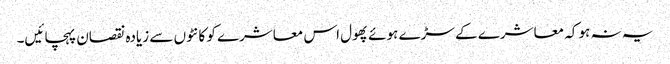
یہ نہ ہو کہ معاشرے کے سڑے ہوئے پھول اس معاشرے کو کانٹوں سے زیادہ نقصان پہچائیں۔